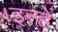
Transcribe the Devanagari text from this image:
।इन्हें